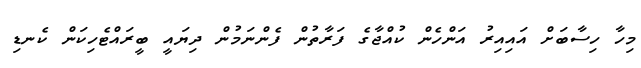
މިހާ ހިސާބަށް އައިއިރު އަންހެން ކުއްޖާގެ ފަރާތުން ފެންނަމުން ދިޔައީ ބީރައްޓެހިކަން ކެނޑި